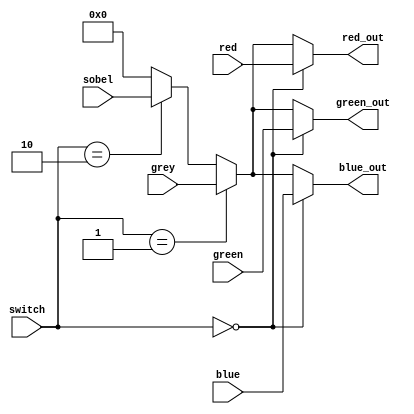
module change_color( switch, red, green, blue, grey, sobel, red_out, green_out, blue_out);

input		[1:0]	switch;
input		[9:0]	red, green ,blue, grey, sobel;		// 8 bit pixels inputs 
output 		[9:0]	red_out, green_out, blue_out;		// 8 bit output pixel 

assign red_out = (switch == 2'b00 ? red : (
					switch == 2'b01 ? grey : (
					switch == 2'b10 ? sobel : 10'd0)));
					
assign green_out = (switch == 2'b00 ? green : (
					switch == 2'b01 ? grey : (
					switch == 2'b10 ? sobel : 10'd0)));

assign blue_out = (switch == 2'b00 ? blue : (
					switch == 2'b01 ? grey : (
					switch == 2'b10 ? sobel : 10'd0)));

/*
always@(posedge CLK)
begin
	if(switch == 2'b00)
		begin
			assign red_out		=	red;
			assign green_out	=	green;
			assign blue_out		=	blue;
		end
	else if(switch == 2'b01)
		begin
			assign red_out		=	grey;
			assign green_out	=	grey;
			assign blue_out		=	grey;
		end
	else if(switch == 2'b10)
		begin
			assign red_out		=	sobel;
			assign green_out	=	sobel;
			assign blue_out		=	sobel;
		end
end
*/

endmodule